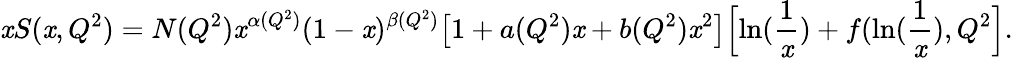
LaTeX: \mathit{x}S(\mathit{x},Q^{2})=N(Q^{2})\mathit{x}^{\alpha(Q^{2})}(1-\mathit{x})^{\beta(Q^{2})}\bigl[1+a(Q^{2})\mathit{x}+b(Q^{2})\mathit{x}^{2}\bigr]\Bigl[\ln({\frac{{1}}{{\mathit{x}}}})+f(\ln({\frac{{1}}{{\mathit{x}}}}),Q^{2}\Bigr].